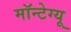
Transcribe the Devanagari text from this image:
मॉन्टेग्यू